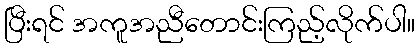
ပြီးရင် အကူအညီတောင်းကြည့်လိုက်ပါ။